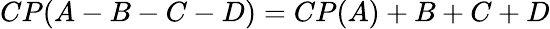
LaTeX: CP(A-B-C-D)=CP(A)+B+C+D